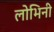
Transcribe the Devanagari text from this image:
लोभिनी